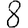
Digit: 8